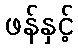
ဖန်နှင့်